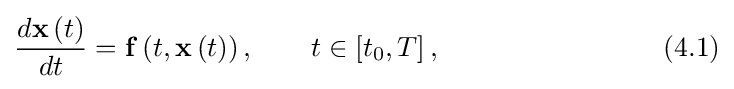
{\frac {d\mathbf {x} \left(t\right)}{dt}}=\mathbf {f} \left(t,\mathbf {x} \left(t\right)\right),\qquad t\in \left[t_{0},T\right],\qquad \qquad \qquad \qquad (4.1)